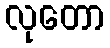
လုတော